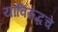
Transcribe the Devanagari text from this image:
यांविरुद्धचे